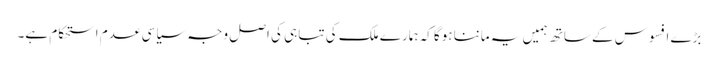
بڑے افسوس کے ساتھ ہمیں یہ ماننا ہوگا کہ ہمارے ملک کی تباہی کی اصل وجہ سیاسی عدم استحکام ہے۔